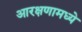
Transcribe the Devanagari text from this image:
आरक्षणामध्ये